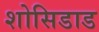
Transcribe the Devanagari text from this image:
शोसिडाड